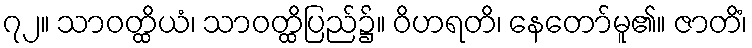
၇၂။ သာဝတ္ထိယံ၊ သာဝတ္ထိပြည်၌။ ဝိဟရတိ၊ နေတော်မူ၏။ ဇာတိံ၊